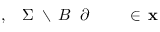
\! \! \! \! \! \! \! \! \! \! \! \mathbf { x } \! \! \! \! \! \! \! \! \! \! \! \! \in \! \! \! \! \! \! \! \! \! \! \! \! \! \! \! \! \! \! \! \! \! \! \! \! \partial \! \! \! \! \! \! \! \! \! \! \! \! B \! \! \! \! \! \! \! \! \! \! \! \! \setminus \! \! \! \! \! \! \! \! \! \! \! \! \Sigma \! \! \! \! \! \! \! \! \! \! \! \! , \! \! \! \! \! \! \! \! \! \! \!